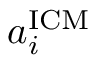
a _ { i } ^ { \mathrm { I C M } }